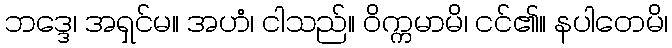
ဘဒ္ဒေ၊ အရှင်မ။ အဟံ၊ ငါသည်။ ဝိက္ကမာမိ၊ ငင်၏။ နပါတေမိ၊